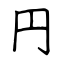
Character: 円